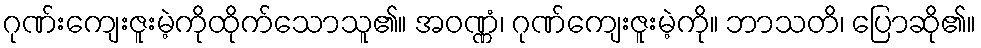
ဂုဏ်းကျေးဇူးမဲ့ကိုထိုက်သောသူ၏။ အဝဏ္ဏံ၊ ဂုဏ်ကျေးဇူးမဲ့ကို။ ဘာသတိ၊ ပြောဆို၏။